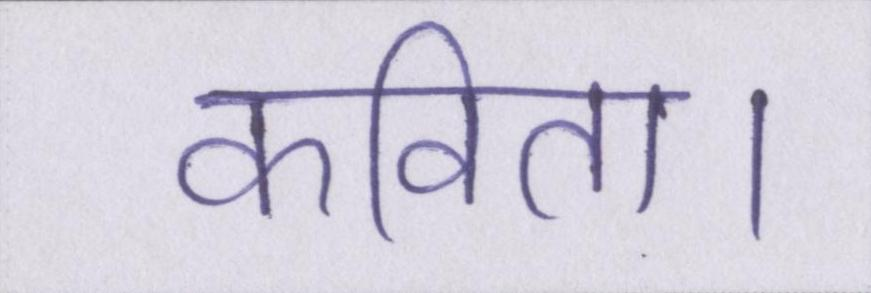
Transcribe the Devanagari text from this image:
कविता।